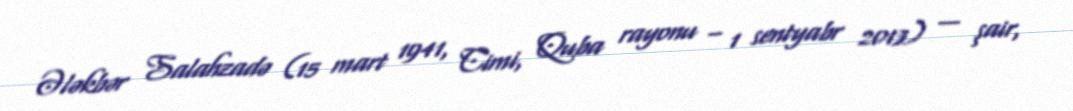
Ələkbər Salahzadə (15 mart 1941, Cimi, Quba rayonu – 1 sentyabr 2013) — şair,